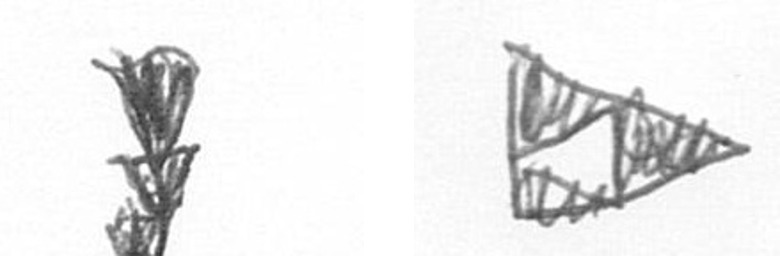
E K